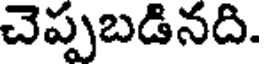
చెప్పబడినది.